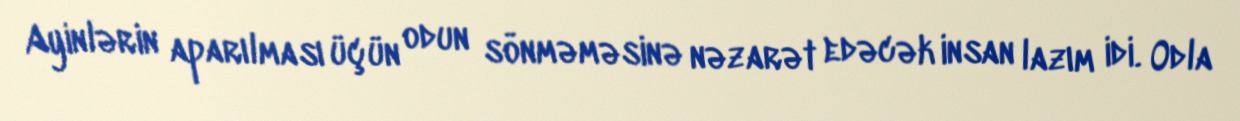
Ayinlərin aparılması üçün odun sönməməsinə nəzarət edəcək insan lazım idi. Odla